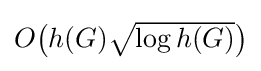
{\textstyle O{\bigl (}h(G){\sqrt {\log h(G)}}{\bigr )}}